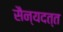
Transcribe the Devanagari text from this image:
सैन्यदत्त